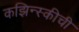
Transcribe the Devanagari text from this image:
कझिन्स्कीची